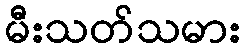
မီးသတ်သမား